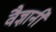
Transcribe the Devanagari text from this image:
वैज्ञानी